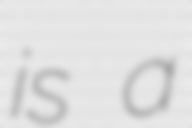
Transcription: is a